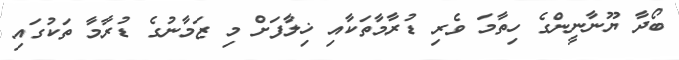
ބޯދާ ޔޫނާނީންގެ ހިތާމަ ވެރި ޑުރާމާތަކާއި ޚިލާފަށް މި ޒަމާނުގެ ޑުރާމާ ތަކުގައި